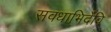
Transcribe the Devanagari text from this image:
सवधाभिर्देवि